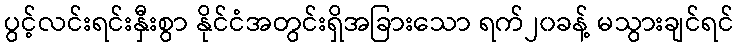
ပွင့်လင်းရင်းနှီးစွာ နိုင်ငံအတွင်းရှိအခြားသော ရက်၂၀ခန့် မသွားချင်ရင်